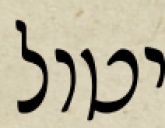
יטול